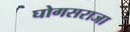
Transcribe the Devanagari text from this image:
घोगसराजा